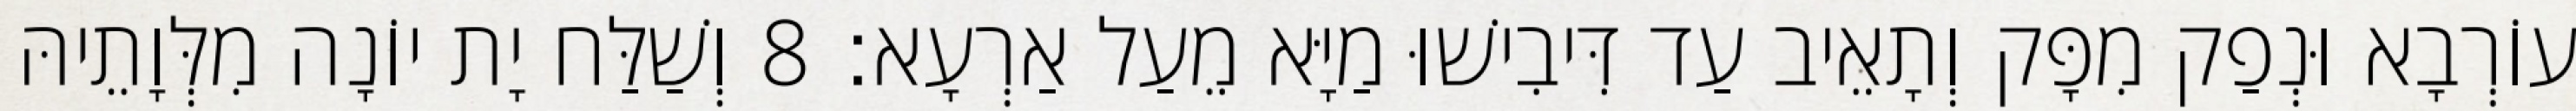
עוֹרְבָא וּנְפַק מִפָּק וְתָאֵיב עַד דִּיבִישׁוּ מַיָּא מֵעַל אַרְעָא׃ 8 וְשַׁלַּח יָת יוֹנָה מִלְּוָתֵיהּ